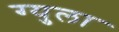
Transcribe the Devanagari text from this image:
ग्युला